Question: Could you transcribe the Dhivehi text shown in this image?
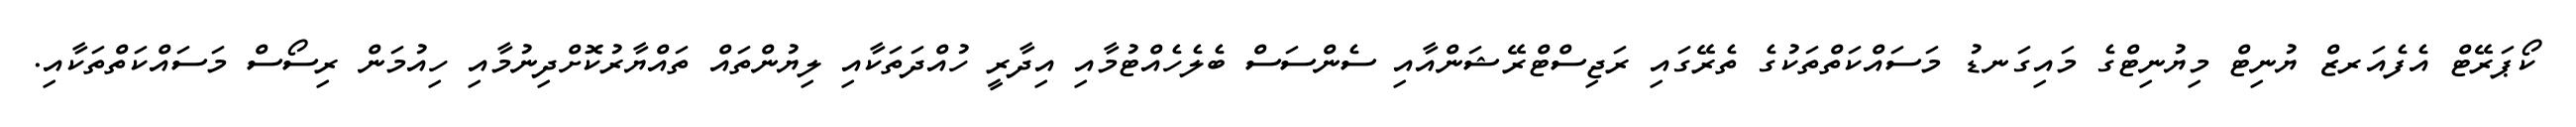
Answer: ކޯޕަރޭޓް އެފެއަރޒް ޔުނިޓް މިޔުނިޓްގެ މައިގަނޑު މަސައްކަތްތަކުގެ ތެރޭގައި ރަޖިސްޓްރޭޝަންއާއި ސެންސަސް ބެލެހެއްޓުމާއި އިދާރީ ހުއްދަތަކާއި ލިޔުންތައް ތައްޔާރުކޮށްދިނުމާއި ހިއުމަން ރިސޯސް މަސައްކަތްތަކާއި.